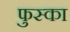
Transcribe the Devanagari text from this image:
फुस्का